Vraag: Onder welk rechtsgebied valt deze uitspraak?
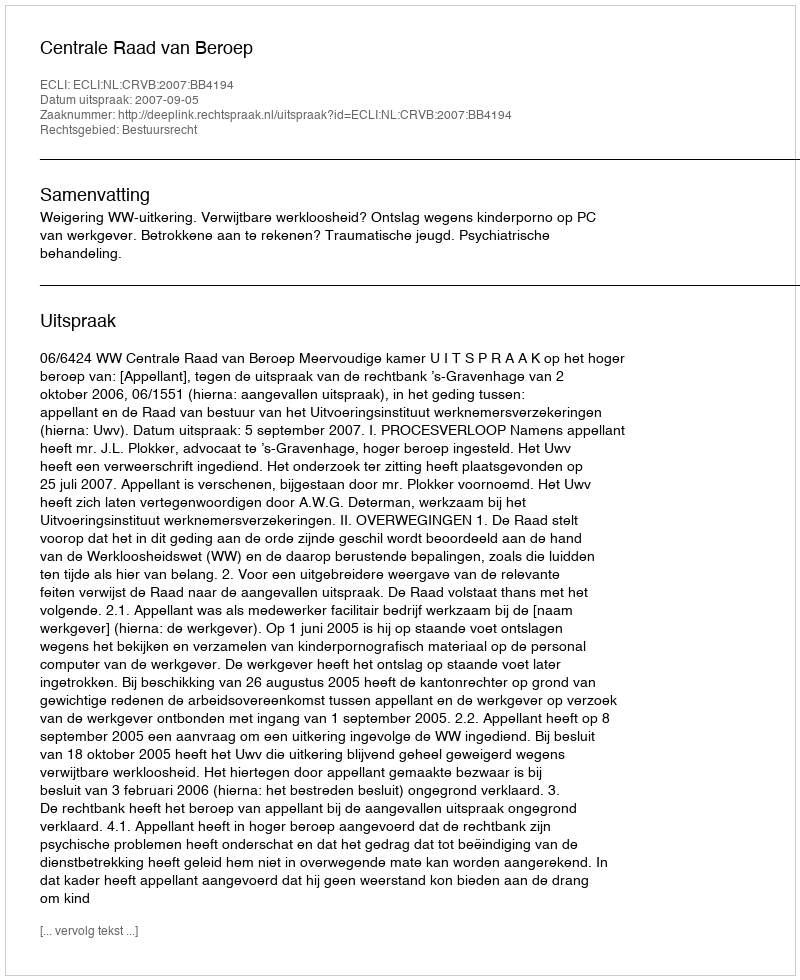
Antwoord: Bestuursrecht